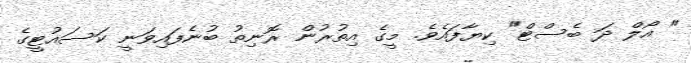
" އޯލް ދަ ބެސްޓް" ކިޔާފައެވެ. މީގެ އިތުރުން ރޮނިތު ބުނެފައިވަނީ ކަސައުޓީގެ